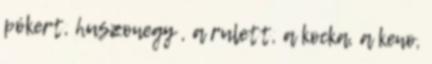
pókert, huszonegy , a rulett, a kocka, a keno,